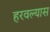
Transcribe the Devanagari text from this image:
हरवल्यास